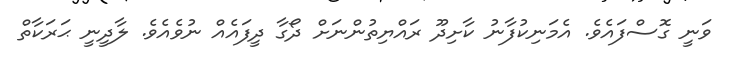
ވަނީ ގޮސްފައެވެ. އެމަނިކުފާނު ކާށިދޫ ރައްޔިތުންނަށް ދޯގާ ދީފައެއް ނުވެއެވެ. ލާދީނީ ޙަރަކާތް